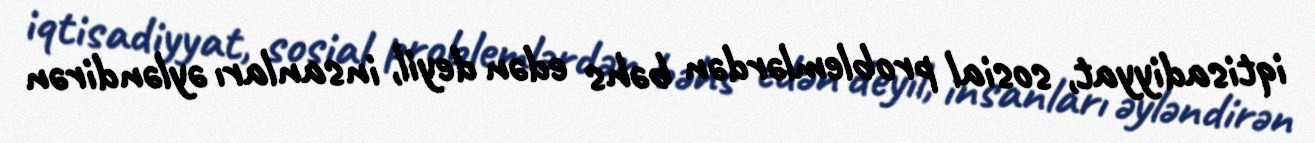
iqtisadiyyat, sosial problemlərdən bəhs edən deyil, insanları əyləndirən